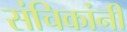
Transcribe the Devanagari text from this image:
संचिकांनी